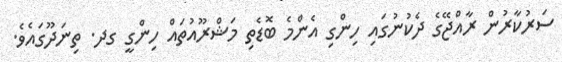
ސަރުކާރުން ރާއްޖޭގެ ދެކުނުގައި ހިންގި އެންމެ ބޮޑެތި މަޝްރޫއުތައް ހިންގީ ގދ. ތިނަދޫގައެވެ.